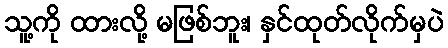
သူ့ကို ထားလို့ မဖြစ်ဘူး၊ နှင်ထုတ်လိုက်မှပဲ